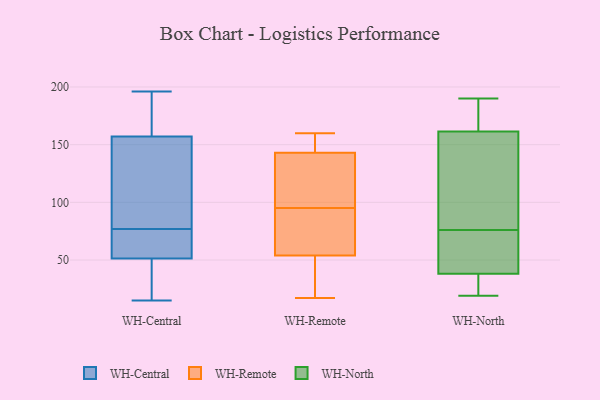
{"axis": {"x": "Demand Index", "y": "Value"}, "legend": ["WH-Central", "WH-North", "WH-Remote"], "data": [{"x": "", "y": 196, "type": "WH-Central"}, {"x": "", "y": 77, "type": "WH-Central"}, {"x": "", "y": 99, "type": "WH-Central"}, {"x": "", "y": 25, "type": "WH-Central"}, {"x": "", "y": 27, "type": "WH-Central"}, {"x": "", "y": 59, "type": "WH-Central"}, {"x": "", "y": 185, "type": "WH-Central"}, {"x": "", "y": 160, "type": "WH-Central"}, {"x": "", "y": 30, "type": "WH-Central"}, {"x": "", "y": 50, "type": "WH-Central"}, {"x": "", "y": 55, "type": "WH-Central"}, {"x": "", "y": 15, "type": "WH-Central"}, {"x": "", "y": 189, "type": "WH-Central"}, {"x": "", "y": 56, "type": "WH-Central"}, {"x": "", "y": 148, "type": "WH-Central"}, {"x": "", "y": 77, "type": "WH-Central"}, {"x": "", "y": 144, "type": "WH-Central"}, {"x": "", "y": 188, "type": "WH-Central"}, {"x": "", "y": 136, "type": "WH-Central"}, {"x": "", "y": 54, "type": "WH-Remote"}, {"x": "", "y": 20, "type": "WH-Remote"}, {"x": "", "y": 124, "type": "WH-Remote"}, {"x": "", "y": 143, "type": "WH-Remote"}, {"x": "", "y": 144, "type": "WH-Remote"}, {"x": "", "y": 30, "type": "WH-Remote"}, {"x": "", "y": 36, "type": "WH-Remote"}, {"x": "", "y": 144, "type": "WH-Remote"}, {"x": "", "y": 84, "type": "WH-Remote"}, {"x": "", "y": 156, "type": "WH-Remote"}, {"x": "", "y": 82, "type": "WH-Remote"}, {"x": "", "y": 66, "type": "WH-Remote"}, {"x": "", "y": 106, "type": "WH-Remote"}, {"x": "", "y": 17, "type": "WH-Remote"}, {"x": "", "y": 113, "type": "WH-Remote"}, {"x": "", "y": 160, "type": "WH-Remote"}, {"x": "", "y": 84, "type": "WH-Remote"}, {"x": "", "y": 140, "type": "WH-Remote"}, {"x": "", "y": 19, "type": "WH-North"}, {"x": "", "y": 55, "type": "WH-North"}, {"x": "", "y": 190, "type": "WH-North"}, {"x": "", "y": 49, "type": "WH-North"}, {"x": "", "y": 156, "type": "WH-North"}, {"x": "", "y": 171, "type": "WH-North"}, {"x": "", "y": 97, "type": "WH-North"}, {"x": "", "y": 167, "type": "WH-North"}, {"x": "", "y": 29, "type": "WH-North"}, {"x": "", "y": 122, "type": "WH-North"}, {"x": "", "y": 47, "type": "WH-North"}, {"x": "", "y": 25, "type": "WH-North"}]}